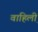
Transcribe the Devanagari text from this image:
वाहिली़